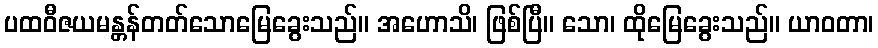
ပထဝီဇယမန္တန်တတ်သောမြေခွေးသည်။ အဟောသိ၊ ဖြစ်ပြီ။ သော၊ ထိုမြေခွေးသည်။ ယာဝတာ၊